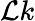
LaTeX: \mathcal{L}k